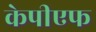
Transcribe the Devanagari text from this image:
केपीएफ